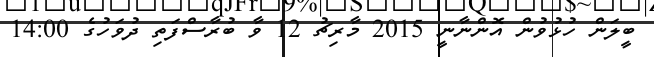
ބީލަން ހުޅުވުން އޮންނާނީ 2015 މާރިޗު 12 ވާ ބުރާސްފަތި ދުވަހުގެ 14:00